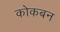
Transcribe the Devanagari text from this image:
कोकबन